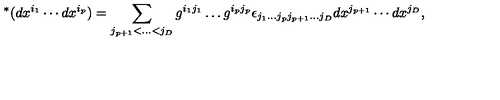
{ } ^ { * } ( d x ^ { i _ { 1 } } \cdots d x ^ { i _ { p } } ) = \sum _ { j _ { p + 1 } < \ldots < j _ { D } } g ^ { i _ { 1 } j _ { 1 } } \ldots g ^ { i _ { p } j _ { p } } \epsilon _ { j _ { 1 } \ldots j _ { p } j _ { p + 1 } \ldots j _ { D } } d x ^ { j _ { p + 1 } } \cdots d x ^ { j _ { D } } ,